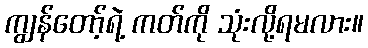
ကျွန်တော့်ရဲ့ ကတ်ကို သုံးလို့ရမလား။